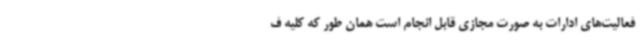
فعالیت‌های ادارات به صورت مجازی قابل انجام است همان طور که کلیه ف